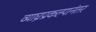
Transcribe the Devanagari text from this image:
व्याघ्रप्रकल्पानंतर